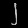
Digit: ၂